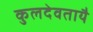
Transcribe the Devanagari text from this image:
कुलदेवतायै